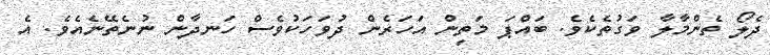
ދެލޯ ތެންމާލާ ވަގުތެކެވެ. ބައްޕަ މަތިން އަހަރެން ދުވަހަކުވެސް ހަނދާން ނުނެތޭނެއެވެ. އެ